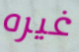
غيره